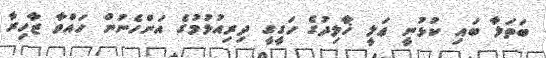
ބަތަލާ ބައި ކުޅުނީ ޢަލީ ޚާލިދުގެ ހަގީގީ ދިރިއުޅުމުގެ އަންހެނުން ހައްވާ ޒާހިރާ